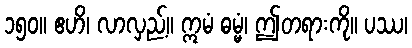
၁၅၀။ ဧဟိ၊ လာလှည့်။ ဣမံ ဓမ္မံ၊ ဤတရားကို။ ပဿ၊